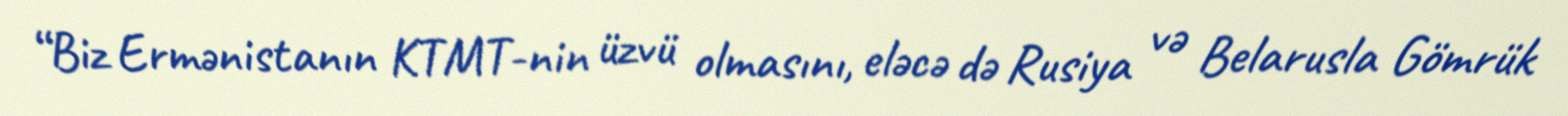
“Biz Ermənistanın KTMT-nin üzvü olmasını, eləcə də Rusiya və Belarusla Gömrük